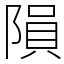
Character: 隕